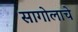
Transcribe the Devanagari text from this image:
सागोलाचे